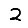
Digit: 2